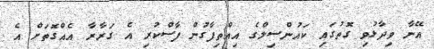
އޭނާ ވިދާޅުވި ގޮތުގައި ކައުންސިލްގެ އިއްތިފާގުން ފާސްކުރި އެ ގަރާރާ އެއްގޮތަށް އެ